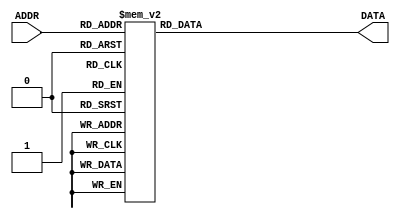
module ROM(
	input [3:0]ADDR,
	output [7:0]DATA
);
	
	reg [7:0]Q;

	always @ (ADDR) begin
		case(ADDR)
			4'b0000: Q <= 8'b10110111;//mov B,0000
			4'b0001: Q <= 8'b00000001;//out B
			4'b0010: Q <= 8'b11100001;//add B,0011
			4'b0011: Q <= 8'b00000001;//jnc 0010
			4'b0100: Q <= 8'b11100011;//out B
			4'b0101: Q <= 8'b10110110;//jmp 0010
			4'b0110: Q <= 8'b00000001;
			4'b0111: Q <= 8'b11100110;
			4'b1000: Q <= 8'b00000001;
			4'b1001: Q <= 8'b11101000;
			4'b1010: Q <= 8'b10110000;
			4'b1011: Q <= 8'b10110100;
			4'b1100: Q <= 8'b00000001;
			4'b1101: Q <= 8'b11101010;
			4'b1110: Q <= 8'b10111000;
			4'b1111: Q <= 8'b11110000;
		endcase
	end
	
	assign DATA = Q;

endmodule